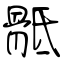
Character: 骶